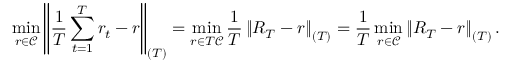
\operatorname* { m i n } _ { r \in \mathcal { C } } \left\| \frac { 1 } { T } \sum _ { t = 1 } ^ { T } r _ { t } - r \right\| _ { ( T ) } = \operatorname* { m i n } _ { r \in T \mathcal { C } } \frac { 1 } { T } \left\| R _ { T } - r \right\| _ { ( T ) } = \frac { 1 } { T } \operatorname* { m i n } _ { r \in \mathcal { C } } \left\| R _ { T } - r \right\| _ { ( T ) } .